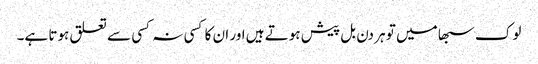
لوک سبھا میں تو ہر دن بل پیش ہوتے ہیں اور ان کا کسی نہ کسی سے تعلق ہوتا ہے۔